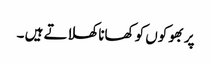
پر بھوکوں کو کھانا کھلاتے ہیں ۔